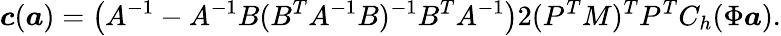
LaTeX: \boldsymbol{c}(\boldsymbol{a})=\left(A^{-1}-A^{-1}B(B^{T}A^{-1}B)^{-1}B^{T}A^{-1}\right)2(P^{T}M)^{T}P^{T}C_{h}(\Phi\boldsymbol{a}).